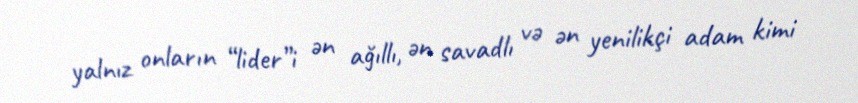
yalnız onların “lider”i ən ağıllı, ən savadlı və ən yenilikçi adam kimi